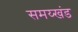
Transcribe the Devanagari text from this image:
समय्खंड